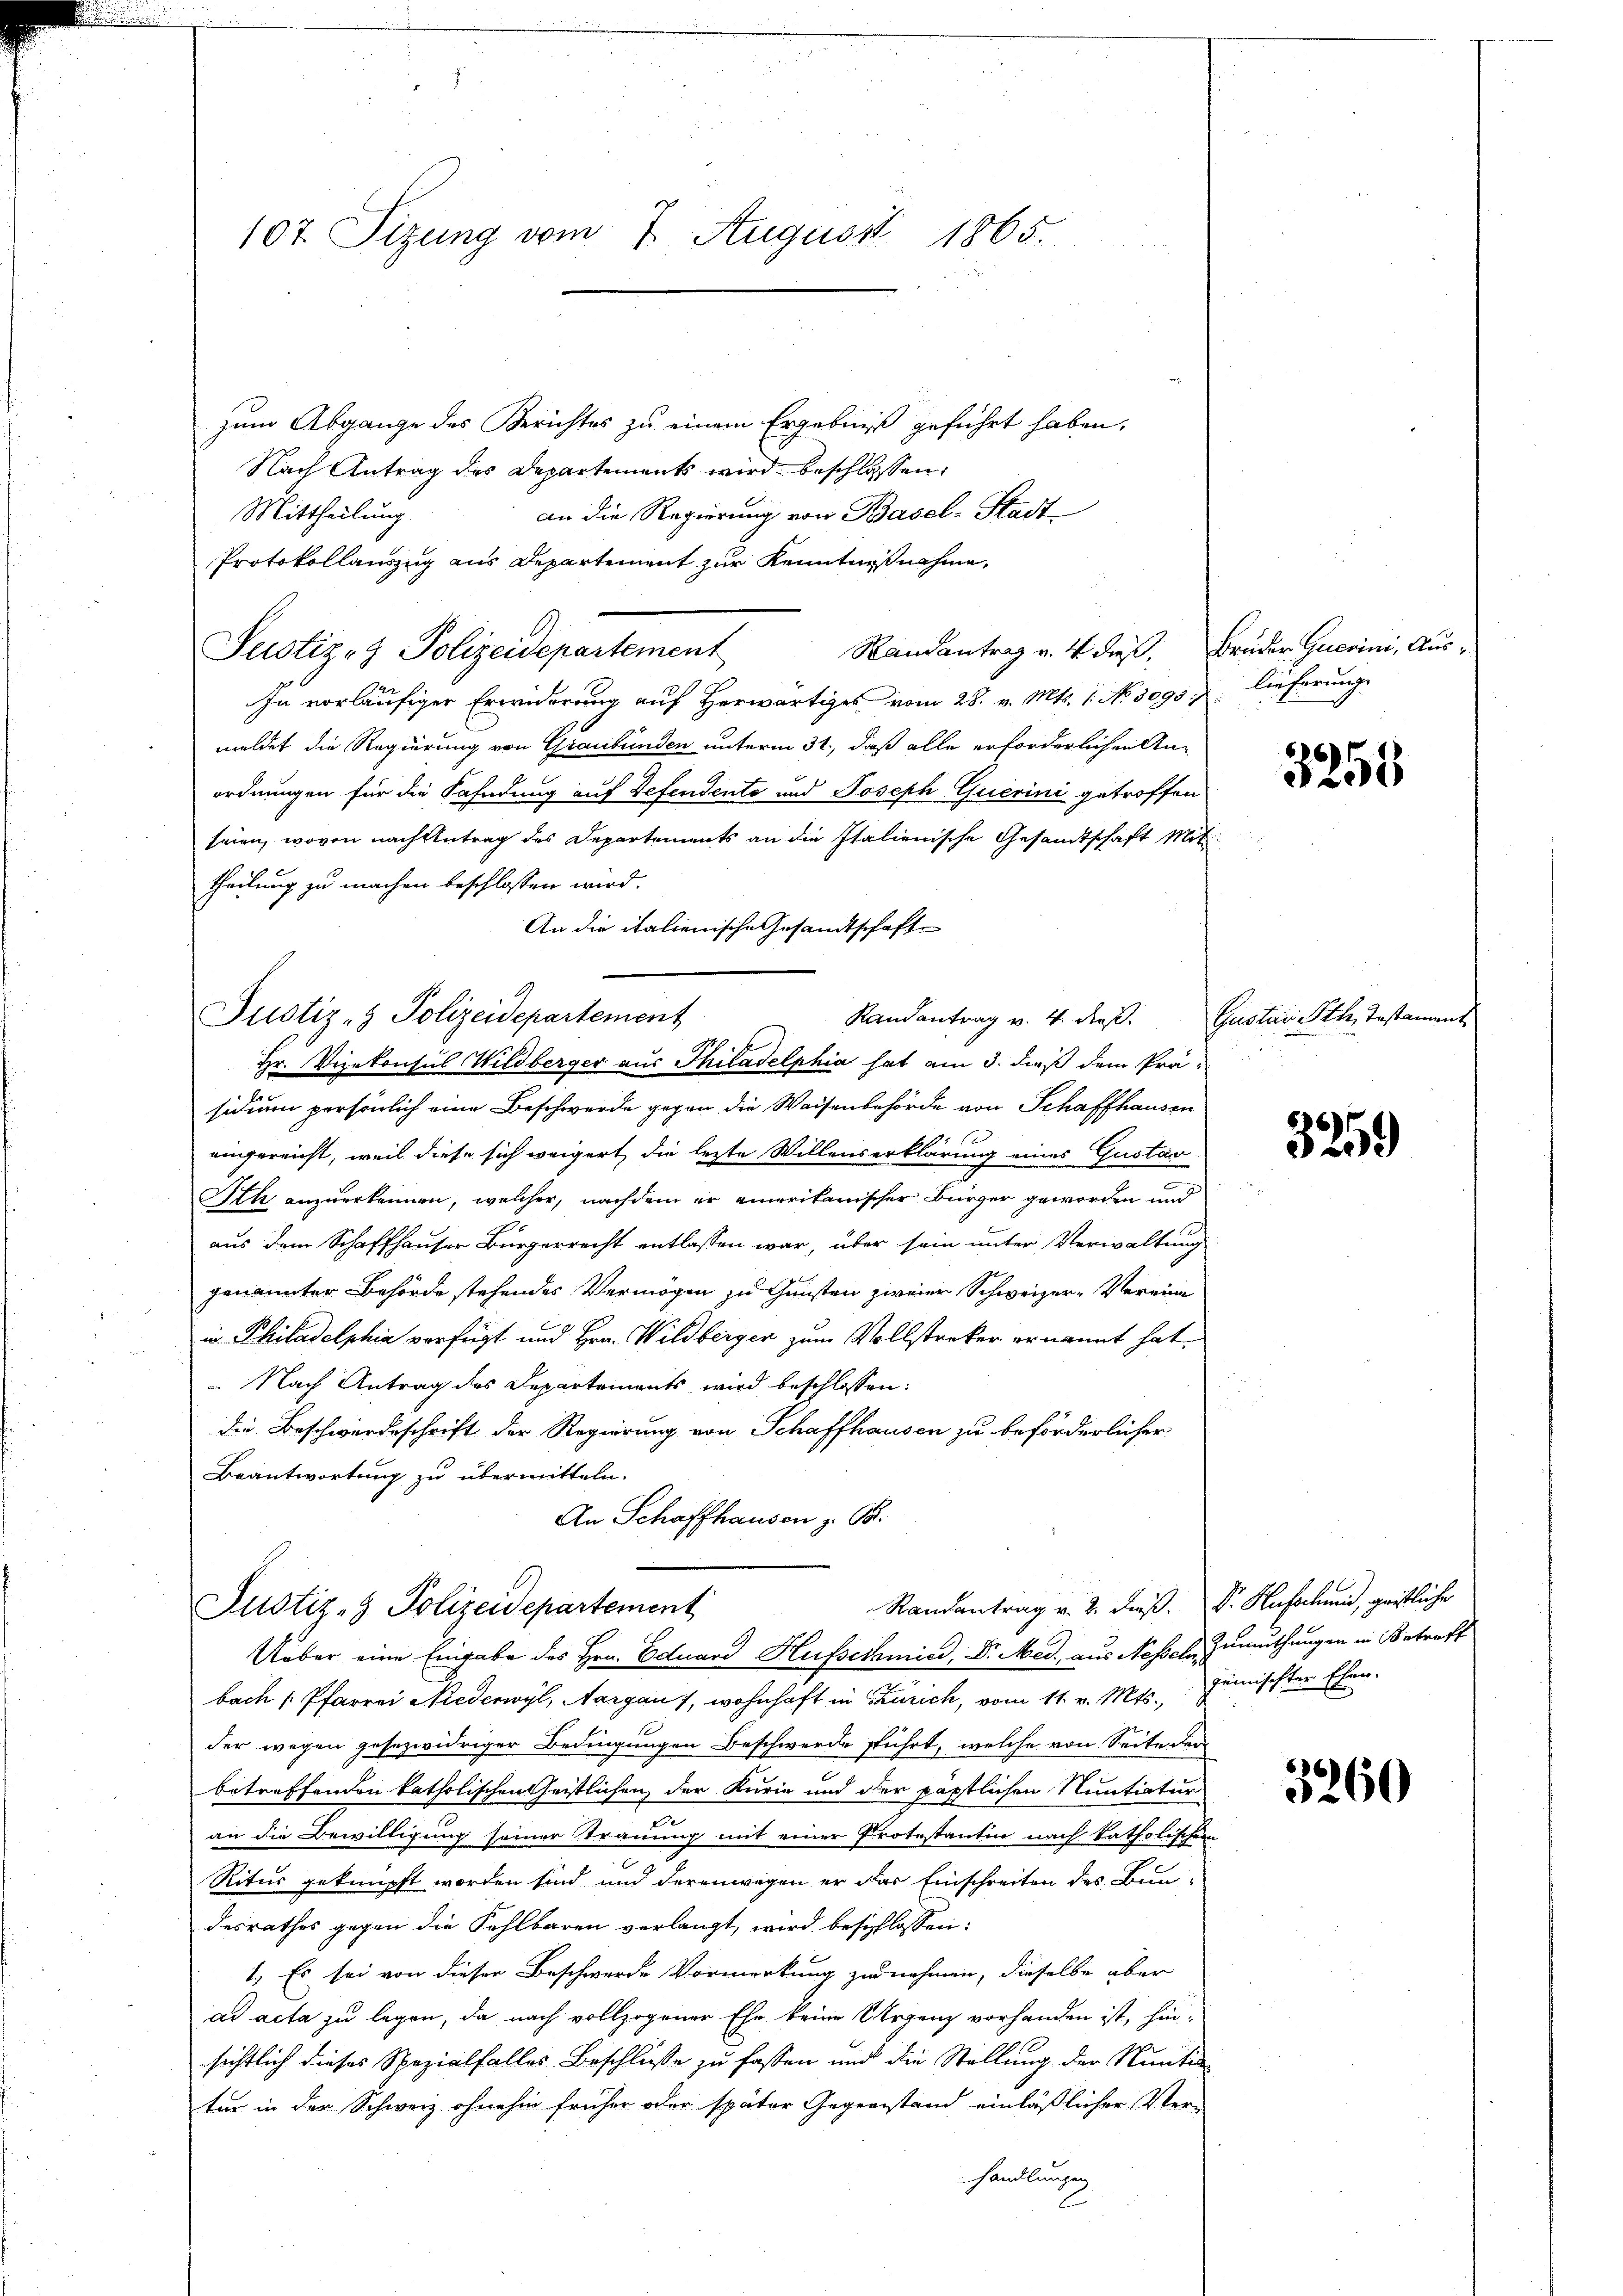
zum Abgange des Berichtes zu einem Ergebniß geführt haben,
Nach Antrag des Departements wird beschlossen:
an die Regierung von Basel-Stadt
Mittheilung
Protokollauszug aus Departement zur Kenntnißnahme,
Justiz- & Polizeidepartement
In vorläufiger Erwiderung auf Herwärtiges vom 28. v. Mts. 1. No 3093. lieferung
meldet die Regierung von Graubünden unterm 31., daß alle erforderlichen Anordnungen für die Fahndung auf Refendente und Joseph Querini getroffen
seien, wovon nach Antrag des Departements an die Italienische Gesandtschaft Mit
theilung zu machen beschlossen wird.
An die italienische Gesandtschafte
Justiz- & Polizeidepartement
Randantrag v. 4. dieß.
Hr. Vizekonsus Wildberger aus Philadelphia hat am 3. dieß dem Präsidium persönlich eine Beschwerde gegen, die Waisenbehörde von Schaffhausen
eingereicht, weil diese sich weigert, die lezte Willenserklärung eines Gustav

Ath anzuerkennen, welcher, nachdem er einerikanischer Bürger geworden und
aus dem Schaffhauser Bürgerrecht entlassen war, über sein unter Verwaltung
genannter Behörde stehendes Vermögen zu Gunsten zweier Schweizer-Vereine
in Philadelphia verfügt und Hrn. Wildbergen zum Vollstreker ernannt hat.
 Nach Antrag des Departements wird beschlossen:
die Beschwerdeschrift der Regierung von Schaffhausen zu beförderlicher
Beantwortung zu übermitteln.
An Schaffhausen z. Ob

107. Sizung vom 7. August 1865.

Randantrag v. 4. dieß, Brüder Querini, Aus¬

Randantrag v. 2. dieß. Dr. Hufschmid, geistliche
Justiz- & Polizeidepartement

Ueber eine Eingabe des Hrn. Eduard Hufschmied, Dr. Med. aus Nesseln, Zumuthungen in Betreff
bach Pfarrei Niederwyl, Aargau, wohnhaft in Zürich, vom 11. v. Mts., Gemischter Ehen-
der wegen gesezwidriger Bedingungen Beschwerde führt, welche von Seite der
betreffenden katholischen Geistlichen der Kurie und der päpstlichen Nuntiatur
an die Bewilligung seiner Trauung mit einer Protestantin nach katholischen
Ritur geknüpft worden sind und derenwegen er das Einschreiten des Bun-
desrathes gegen die Fehlbaren verlangt, wird beschlossen:
1.) Es sei von dieser Beschwerde Vormerkung zu nehmen, dieselbe aber
ad acta zu legen, da nach vollzogener Ehe keine Urgenz vorhanden ist, hin-
sichtlich dieses Spezialfalles Beschlüsse zu fassen und die Stellung der Nuntin
tur in der Schweiz ohnehin früher oder später Gegenstand einläßlicher Ver-
handlungen
E

3255

Gustav Sth., Testament

3259)

3260